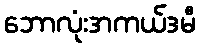
ဘောလုံးအကယ်ဒမီ